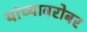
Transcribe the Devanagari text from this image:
यांच्‍याबरोबर